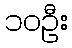
၁၀ဦး